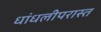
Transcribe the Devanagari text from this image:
धांधलीपरास्त